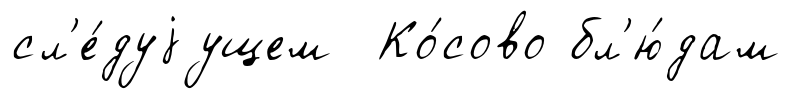
сл'е́дуjущем Ко́сово бл'ю́дам